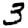
Digit: 3